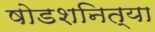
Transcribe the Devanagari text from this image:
षोडशनित्या